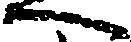
へ